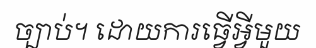
ច្បាប់។ ដោយការធ្វើអ្វីមួយ